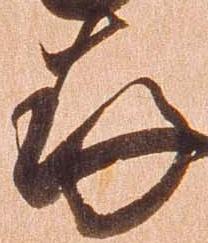
存